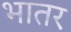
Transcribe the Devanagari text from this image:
भातर